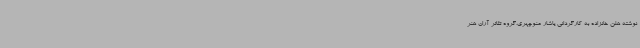
نوشته‌ هلن خانزاده به کارگردانی یاشار منوچهری،گروه تئاتر آران هنر